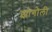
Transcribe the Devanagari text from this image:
झोगोली